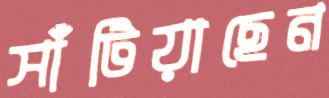
সাঁটিয়াছেন